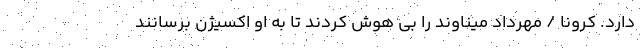
دارد. کرونا / مهرداد میناوند را بی هوش کردند تا به او اکسیژن برسانند